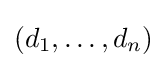
(d_{1},\ldots ,d_{n})